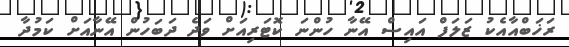
ރަޚަބްއާއެކު ޒަލަފް އައިސް އޭނާ ހުންނަ ކޮޓަރިއަށް ވަދެ ދަބަހުން އޭނާއަށް ކަމުދާ